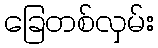
ခြေတစ်လှမ်း